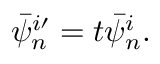
\bar { \psi } _ { n } ^ { i \prime } = t \bar { \psi } _ { n } ^ { i } .